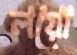
লয়ো